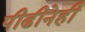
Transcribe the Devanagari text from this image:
पीढीनेही